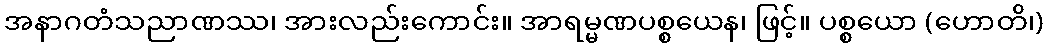
အနာဂတံသညာဏဿ၊ အားလည်းကောင်း။ အာရမ္မဏပစ္စယေန၊ ဖြင့်။ ပစ္စယော (ဟောတိ၊)